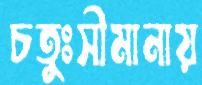
চতুঃসীমানায়